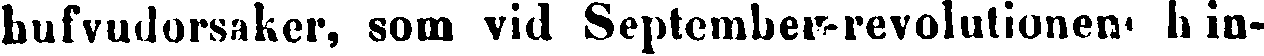
hufvudorsaker, som vid September-revolutionen hin-